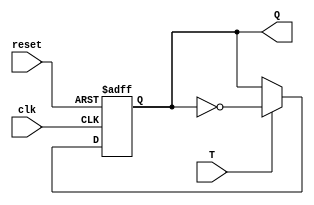
module TFF (
    input clk,
    input reset,
    input T,
    output reg Q
);

always @(posedge clk or posedge reset) begin
    if (reset) begin
        Q <= 1'b0;
    end else begin
        if (T) begin
            Q <= ~Q;
        end
    end
end

endmodule